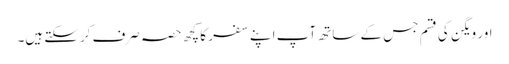
اور ویگن کی قسم جس کے ساتھ آپ اپنے سفر کا کچھ حصہ صرف کرسکتے ہیں۔